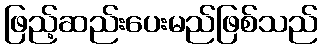
ဖြည့်ဆည်းပေးမည်ဖြစ်သည်